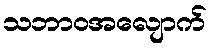
သဘာဝအလျောက်